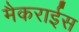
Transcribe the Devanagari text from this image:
मैकराईस